Vabadussoja_Ajaloo_Komitee, lk 59
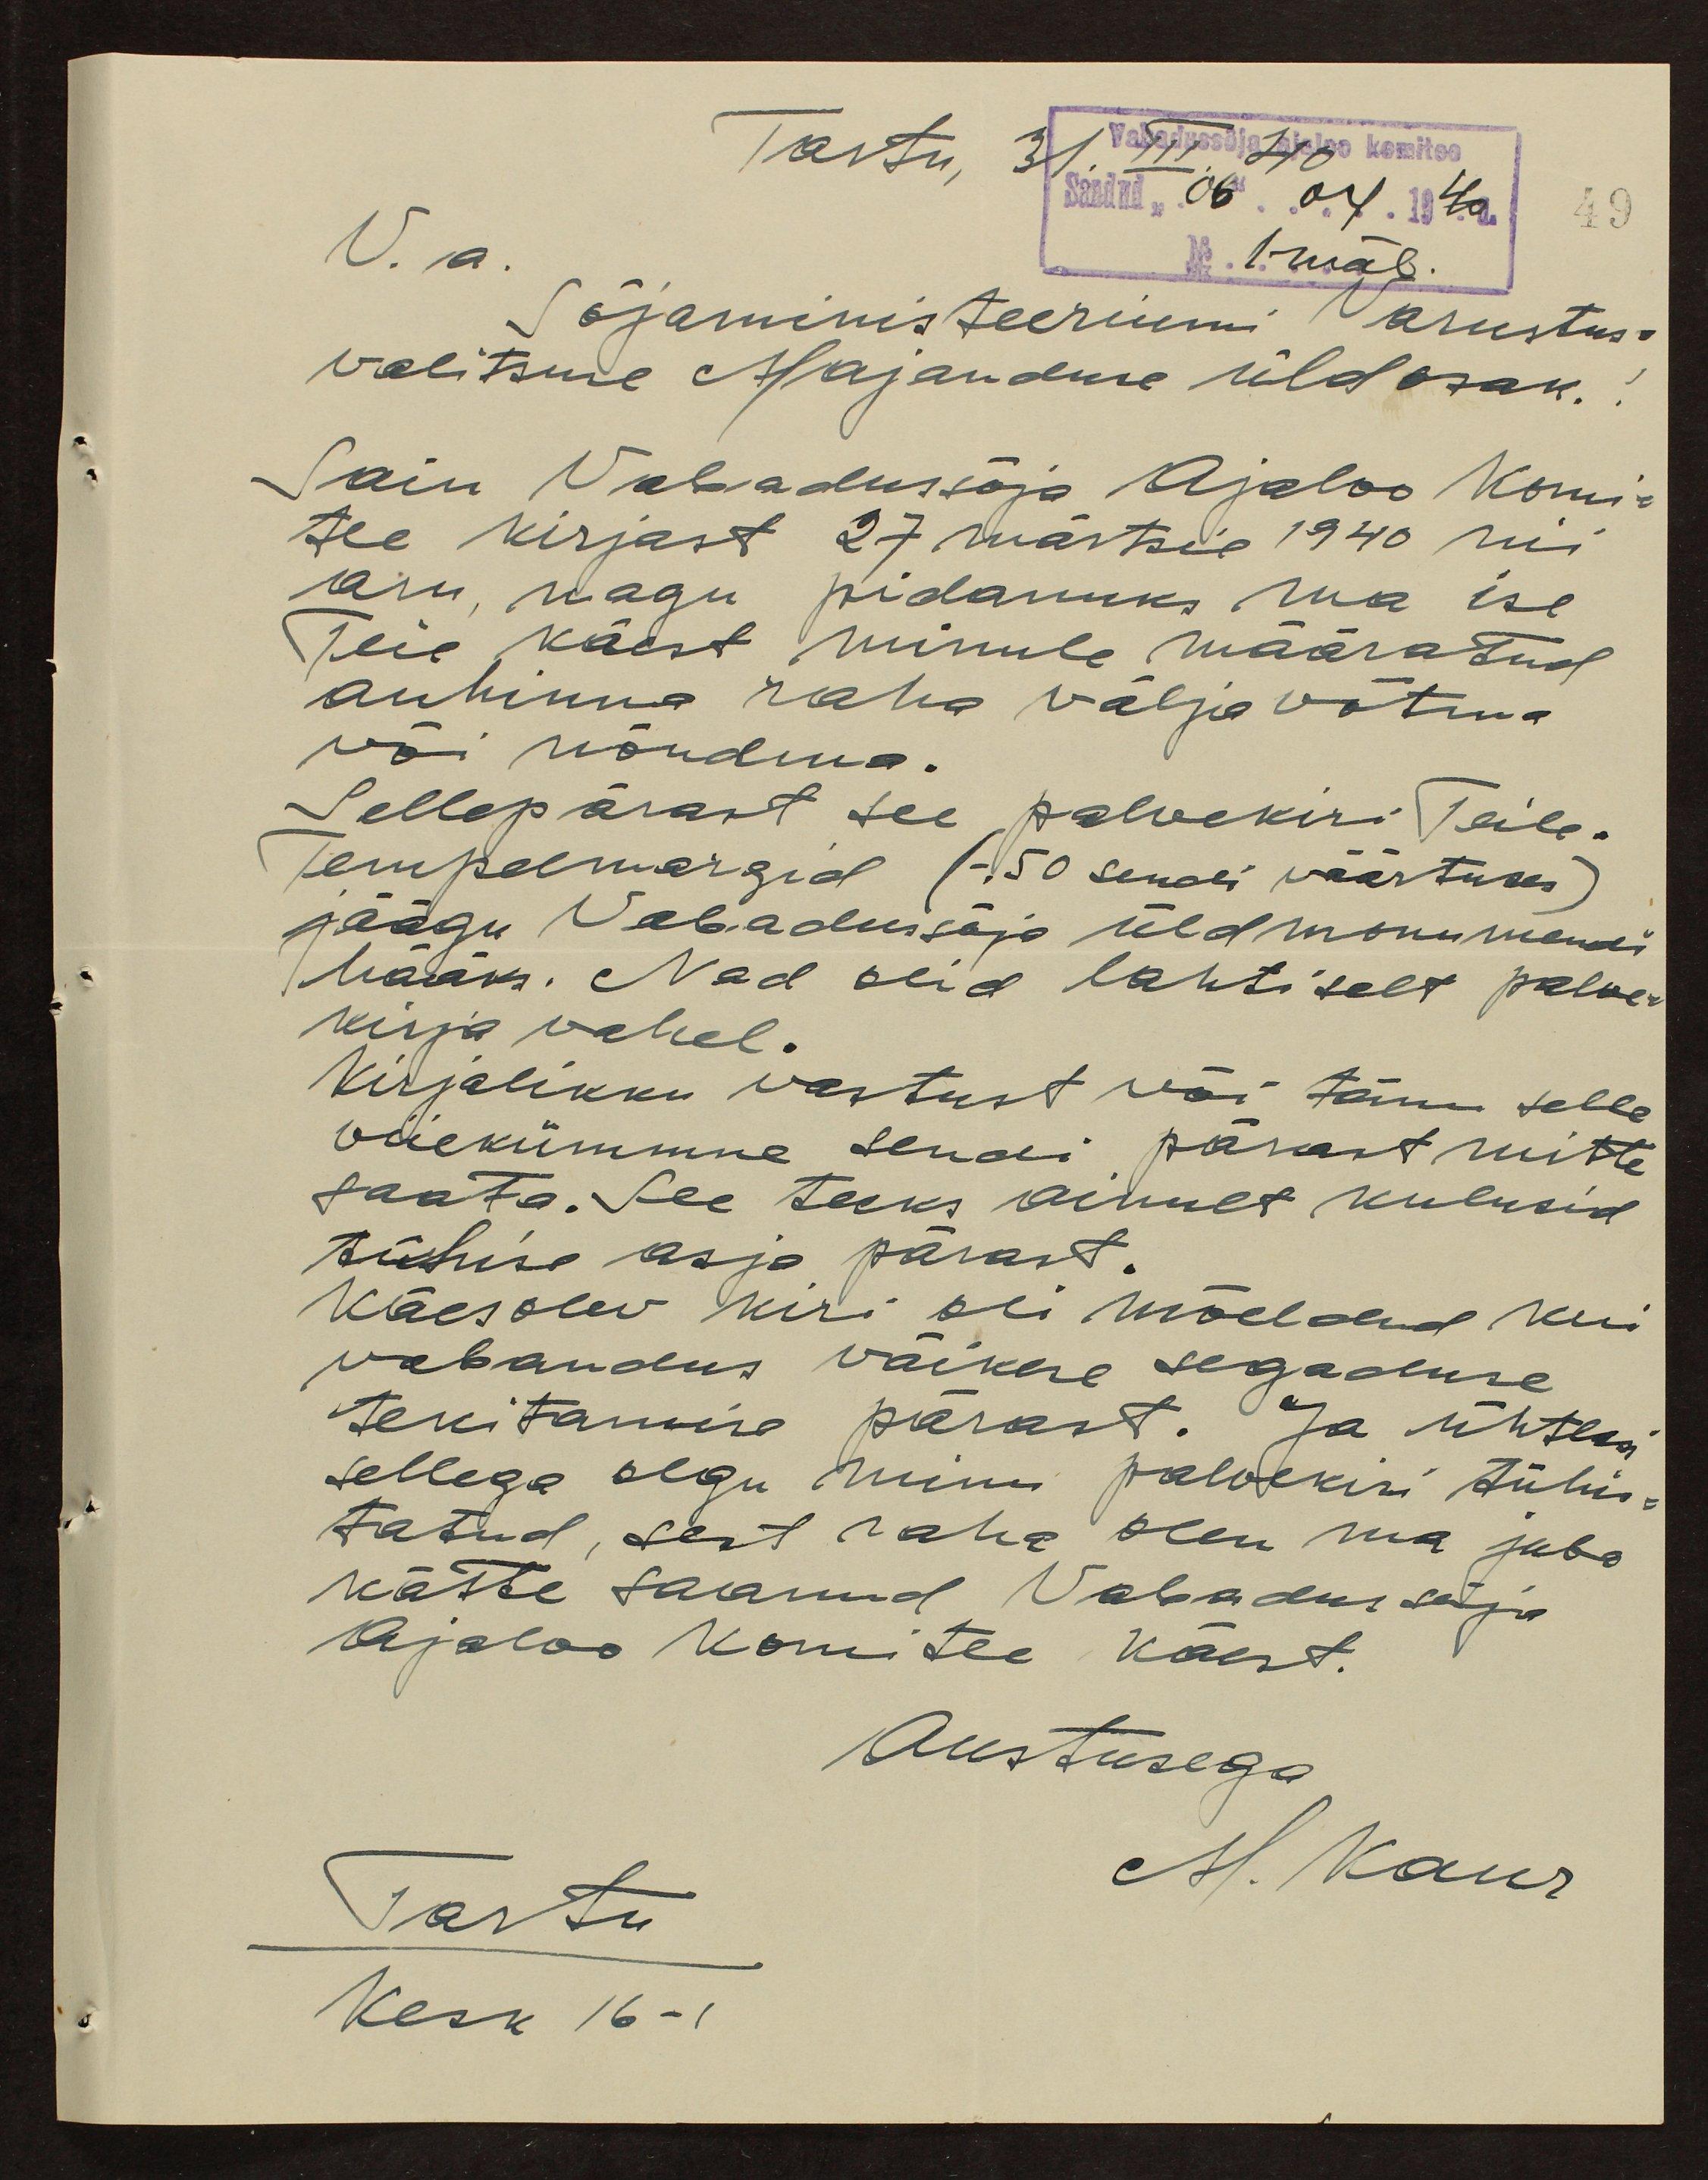
Tartu, 31. III 40
Vabadussõja ajaloo komitee
Saadud "06" 04. 1940
49
V. a.
No 1. mäl.
Sõjaministeeriumi varustus-
walitsuse Majanduse üldosak.
Sain Vabadussõja Ajaloo Komi-
tee kirjast 27 märtsil 1940 nii
aru, nagu pidanuks ma ise
Teie käest minule määratud
auhinna raha väljavõtma
või nõudma.
Sellepärast see palvekiri Teile.
Tempelmargid (-.50 sendi väärtuses)
jäägu Vabadussõja üldmonumendi
hääks. Nad olid lahtiselt palve-
kirja wahel.
Kirjalikku vastust või tänu selle
viiekümmne sendi pärast mitte
saata. See teeks ainult kulusid
tühise asja pärast.
Käesolev kiri oli mõeldud kui
vabandus väikese segaduse
tekitamise pärast. Ja ühtlasi
sellega olgu minu palvekiri tühis-
tatud, sest raha olen ma juba
kätte saanud Vabadussõja
Ajaloo komitee käest.
Austusega
M. Kaur
Tartu
Kesk 16-1